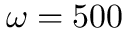
\omega = 5 0 0